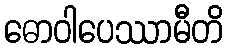
ဓောဝါပေဿာမီတိ